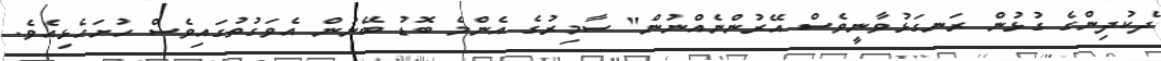
ދެކުދިންގެ ގުޅުން ރަނގަޅުވާނީވެސް އޭރުންނެއްނުން" ސާމިރުގެ އެންމެ ބޮޑު ބޭނުން އެވަގުތުގައިވެސް ހުށަހެޅިއެވެ.